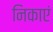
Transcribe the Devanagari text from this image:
निकाएं